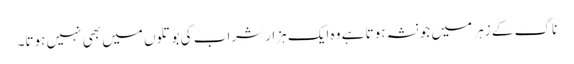
ناگ کے زہر میں جو نشہ ہوتا ہے وہ ایک ہزار شراب کی بوتلوں میں بھی نہیں ہوتا۔